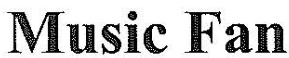
Music Fan